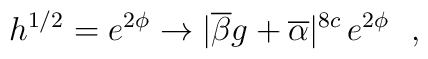
h^{1/2} = e^{2\phi} \rightarrow |\overline{\beta}g + \overline{\alpha}|^{8c} \, e^{2\phi}~~,